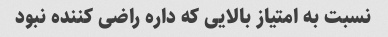
نسبت به امتیاز بالایی که داره راضی کننده نبود